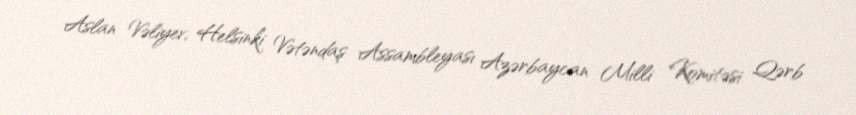
Aslan Vəliyev, Helsinki Vətəndaş Assambleyası Azərbaycan Milli Komitəsi Qərb